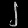
Digit: ၂